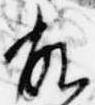
故